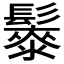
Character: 𱆇